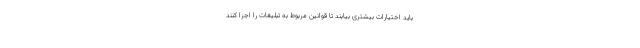
باید اختیارات بیشتری بیابند تا قوانین مربوط به تبلیغات را اجرا کنند